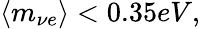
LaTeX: \langle m_{\nu e}\rangle<0.35eV,